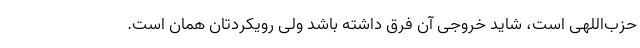
حزب‌اللهی است، شاید خروجی آن فرق داشته باشد ولی رویکردتان همان است.